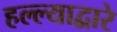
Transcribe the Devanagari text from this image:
हल्ल्याद्वारे